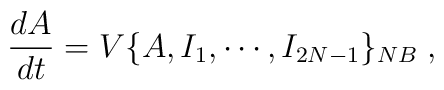
\frac{dA}{dt}=V\{A,I_{1},\cdots,I_{2N-1}\}_{{\footnotesize NB}}\;,